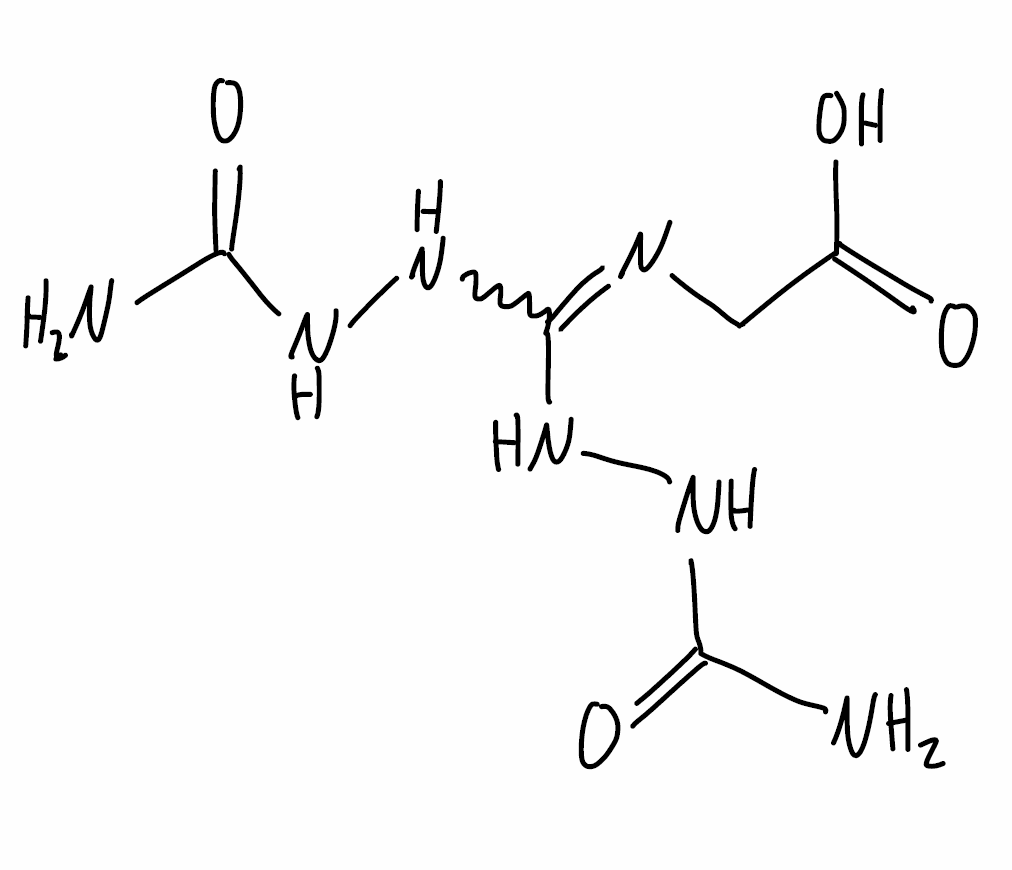
Simplified molecular-input line-entry system (SMILES) notation of the given molecule:
C(C(=O)O)N=C(NNC(=O)N)NNC(=O)N